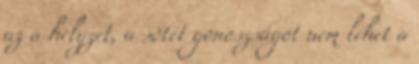
az a helyzet, a sötét gonoszságot nem lehet a